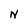
Character: N